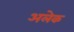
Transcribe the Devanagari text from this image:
अलेक